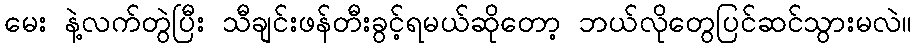
မေး နဲ့လက်တွဲပြီး သီချင်းဖန်တီးခွင့်ရမယ်ဆိုတော့ ဘယ်လိုတွေပြင်ဆင်သွားမလဲ။